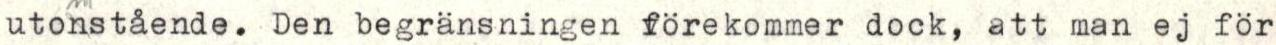
utonstående. Den begränsningen förekommer dock, att man ej för